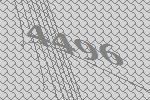
4496